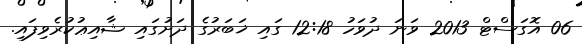
06 އޮގަސްޓް 2013 ވަނަ ދުވަހު 12:18 ގައި ޚަބަރުގެ ދަށުގައި ޝާއިޢުކުރެވިފައި.